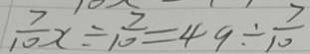
\frac { 7 } { 1 0 } x \div \frac { 7 } { 1 0 } = 4 9 \div \frac { 7 } { 1 0 }